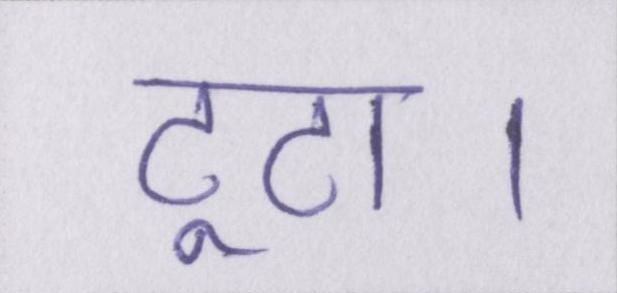
टूटा।